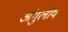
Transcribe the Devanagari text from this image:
अंगुलीय